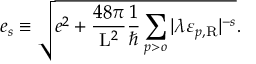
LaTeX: e _ { s } \equiv \sqrt { e ^ { 2 } + \frac { 4 8 \pi } { \mathrm { L } ^ { 2 } } \frac { 1 } { \hbar } \sum _ { p > o } | \lambda \varepsilon _ { p , \mathrm { R } } | ^ { - s } } .